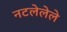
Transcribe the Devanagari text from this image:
नटलेलेले